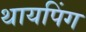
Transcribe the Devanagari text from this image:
थायपिंग